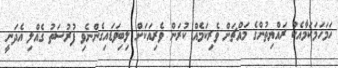
ހަމަހަމަކަމާއެކު ރައްޔިތުންގެ މައްޗަށް ވެރިކަމެއް ކުރަން ވެރިއަކަށް ލިބިވަޑައިގެންނެވި ފުރުސަތު ގެއްލި އެދަނީ